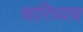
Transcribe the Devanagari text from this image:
चारित्र्यच